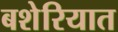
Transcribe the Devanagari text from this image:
बशेरियात